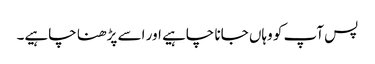
پس آپ کو وہاں جانا چاہیے اور اسے پڑھنا چاہیے۔